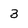
Character: 3